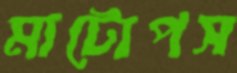
মাটোপস